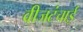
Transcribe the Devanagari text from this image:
वीजटंचाई